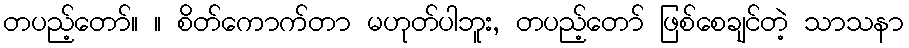
တပည့်တော်။ ။ စိတ်ကောက်တာ မဟုတ်ပါဘူး, တပည့်တော် ဖြစ်စေချင်တဲ့ သာသနာ